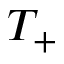
T _ { + }